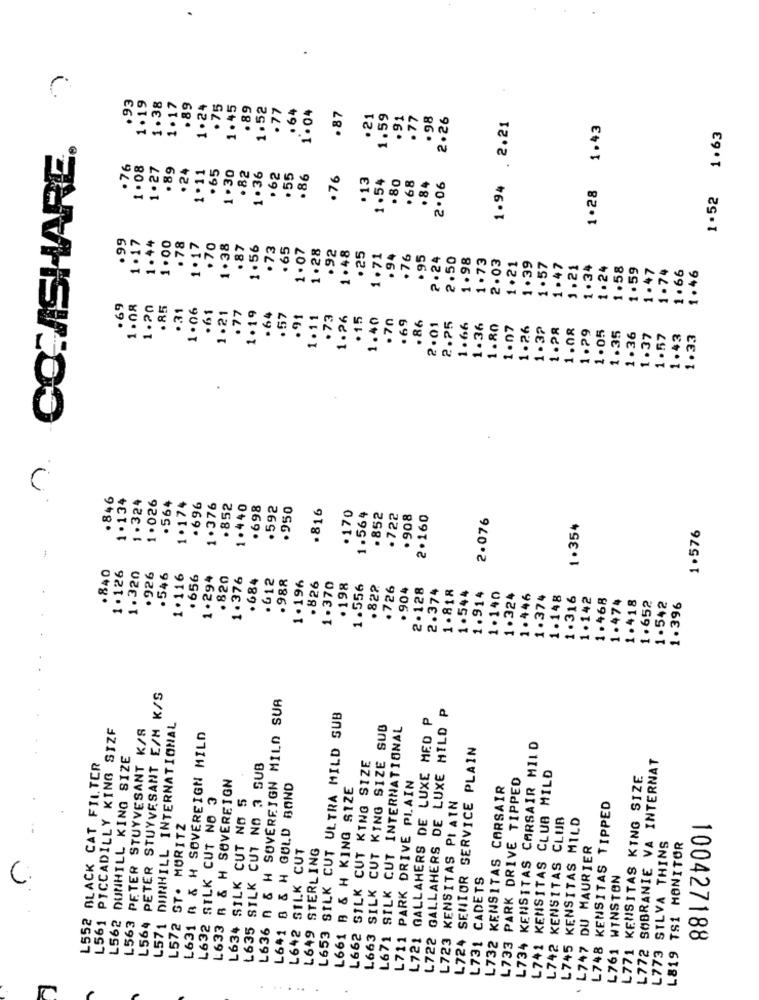
1.19
.93
1.38
1.17
.89
1.24
.75
1.45
.89
1.52
.77
.64
1.04
. 87
.21
1.59
.91
.77
. 98
2.26
1.94 . 2.21
1.28 1.43
1.52 1.63
0. CONSHARE.
.76
1.08
1.27
.89
.24
.65
1.11
1.30
.82
1.36
.62
. 55
.86
.76
.13
1.54
.80
. 68
.84
2.06
.99
1.17
1.44
1.00
.78
1.17
.70
1.38
. 87
1.56
.73
.65
1.07
1.28
.92
1.48
25
1.71
.94
.76
. 95
2.24
2.50
1.98
1.73
2.03
1.39
1.21
1.57
1.47
1.21
1 .34
1.24
1.58
1.59
1.47
1.74
1.66
1.46
.69
1.08
1.20
.85
.31
1.06
1.21
.61
.77
1.19
.64
. 57
.91
1.11
.73
1.26
.15
1.40
70
69
.86
2.01
2.25
1.66
1.36
1.80
1.07
1.26
1.3?
1.28
1.08
1.29
1.05
1.35
1.36
1.37
1.57
1.43
1.33
.846
1.134
1.174
1.324
1 .026
. 564
.696
1 .376
.852
1.440
.698
.592
.950
.816
. 170
1.564
.852
. 722
. 908
2.160
2.076
1.354
1.576
.840
1.126
1.320
. 926
.546
1.116
. 656
1 . 294
.820
1.376
. 684
612
.988
1.196
.826
1.370
. 198
1.556
.822
.726
. 904
2. 128
2.374
1.818
1.544
1.914
1. 140
1.324
1.446
1.374
1.148
1.316
1.142
1.468
1.474
1.418
1.652
1.542
1.396
L564 PETER STUYVESANT E/M K/S
L636 n & H SOVEREIGN MILD SUA
L722 GALLAHERS DE LUXE MILD P
L571 DUNHILL INTERNATIONAL
L653 SILK CUT ULTRA MILD SUB
L721 GALLAHERS DE LUXE MED P
L561 PICCADILLY KING SIZE
L563 PETER STUYVESANT K/S
L663 SILK CUT KING SIZE SUB
L671 SILK CUT INTERNATIONAL
L631 A & H SOVEREIGN MILD
L724 SENIOR SERVICE PLAIN
L734 KENSTTAS CARSAIR MILD
L562 DUNHILL KING SIZE
L772 SOBRANIE VA INTERNAT
L552 BLACK CAT FILTER
L635 SILK CUT NO 3 SUB
L662 SILK CUT KING SIZE
L633 R & H SOVEREIGN
L733 PARK DRIVE TIPPED
L741 KENSITAS CLUB MILD
KENSITAS KING SIZE
L641 8 & H GULD BOND
L661 B & H KING SIZE
PARK DRIVE PLAIN
L732 KENSITAS CORSAIR
L632 SILK CUT NO 3
L634 SILK CUT NO 5
L723 KENSITAS PIAIN
L748 KENSITAS TIPPED
L742 KENSITAS CLUB
L745 KENSITAS MILD
L572 ST. MORITZ
L642 S1L.K CUT
L649 STERLING
L747 DU MAURIER
L773 SILVA THINS
L819 TS1 MONITOR
L731 CADETS
L761 WINSTON
C
L711
L771
100427188
..
...